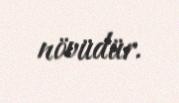
növüdür.